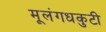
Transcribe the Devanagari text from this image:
मूलंगधकुटी